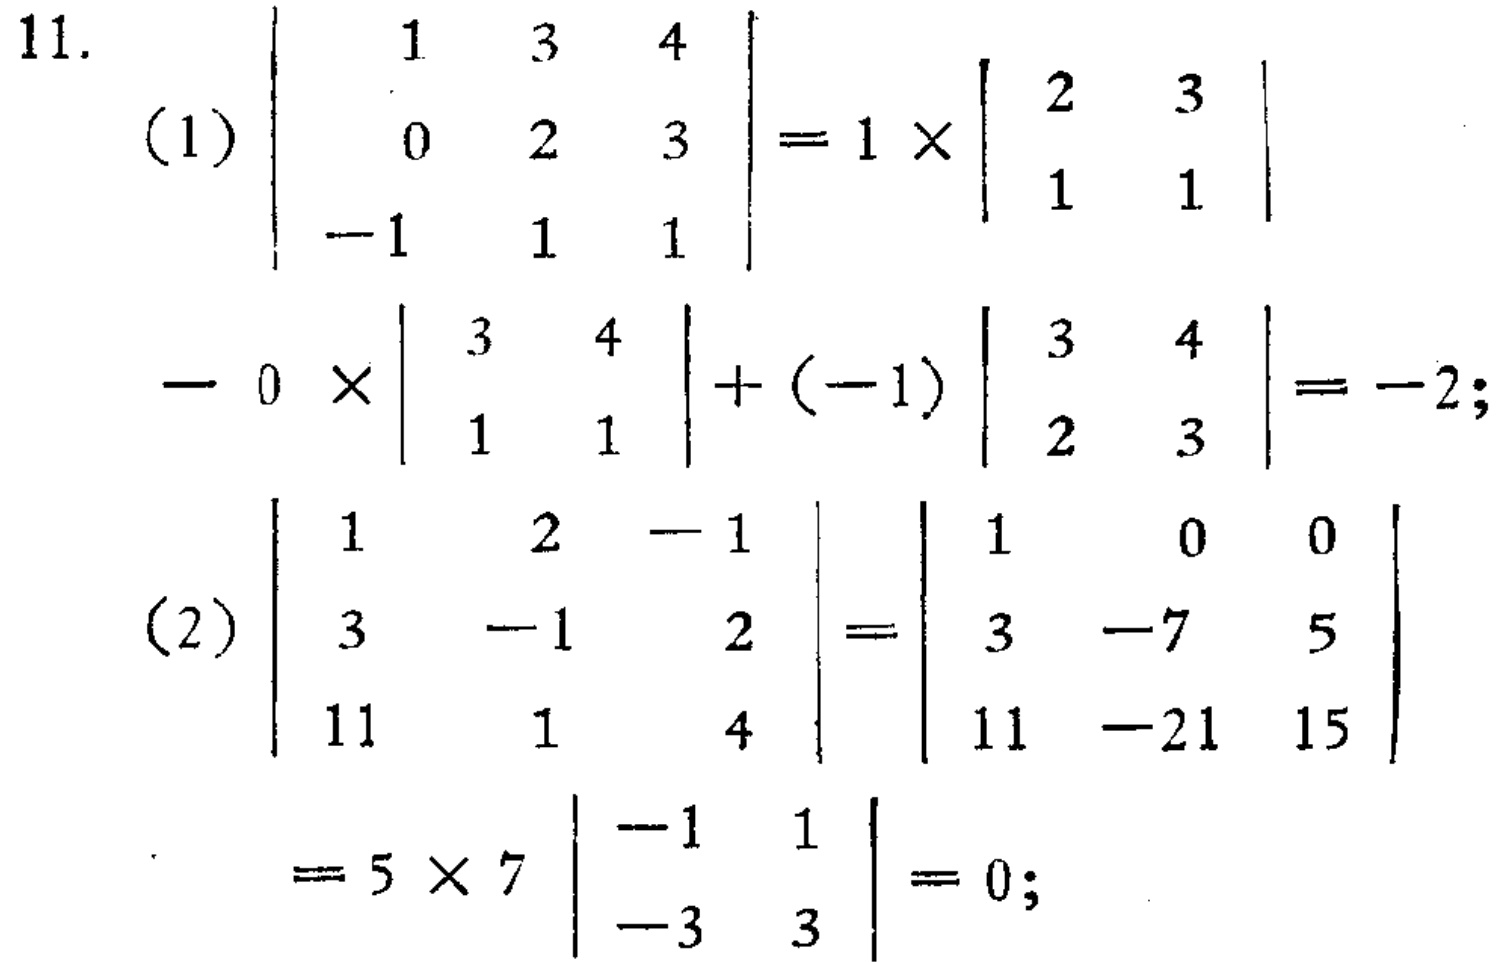
\[
\begin{align*}
(1)&\begin{vmatrix}
1&3&4\\
0&2&3\\
-1&1&1
\end{vmatrix}=1\times\begin{vmatrix}
2&3\\
1&1
\end{vmatrix}-0\times\begin{vmatrix}
3&4\\
1&1
\end{vmatrix}+(-1)\begin{vmatrix}
3&4\\
2&3
\end{vmatrix}=-2;\\
(2)&\begin{vmatrix}
1&2&-1\\
3&-1&2\\
11&1&4
\end{vmatrix}=\begin{vmatrix}
1&0&0\\
3&-7&5\\
11&-21&15
\end{vmatrix}=5\times7\begin{vmatrix}
-1&1\\
-3&3
\end{vmatrix}=0;
\end{align*}
\]